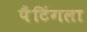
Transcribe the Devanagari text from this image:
पैंटिंगला